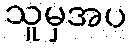
သူမှအပ